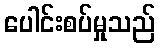
ပေါင်းစပ်မှုသည်